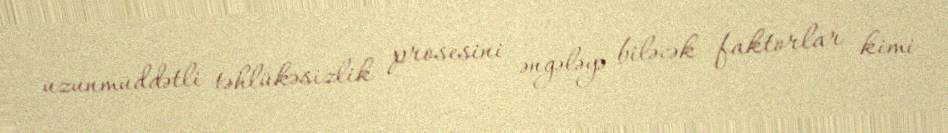
uzunmüddətli təhlükəsizlik prosesini əngələyə biləcək faktorlar kimi